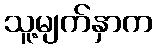
သူ့မျက်နှာက